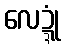
လေဍ္ဍုံ